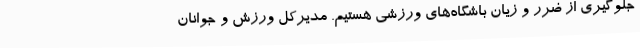
جلوگیری از ضرر و زیان باشگاه‌های ورزشی هستیم. مدیرکل ورزش و جوانان